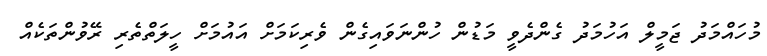
މުހައްމަދު ޖަމީލް އަހުމަދު ގެންދެވީ މަޑުން ހުންނަވައިގެން ވެރިކަމަށް އައުމަށް ހީލަތްތެރި ރޭވުންތަކެއް